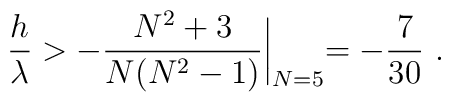
{h \over \lambda} > - {{N^2+3}\over {N(N^2-1)}}\biggl |_{N=5}                     = - {7\over {30}} \ .